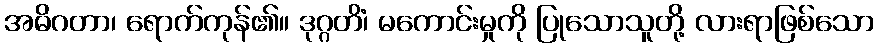
အဓိဂတာ၊ ရောက်ကုန်၏။ ဒုဂ္ဂတိံ၊ မကောင်းမှုကို ပြုသောသူတို့ လားရာဖြစ်သော